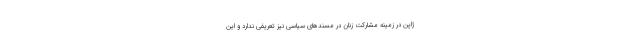
ژاپن در زمینه مشارکت زنان در مسندهای سیاسی نیز تعریفی ندارد و این